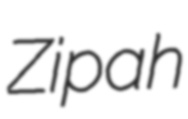
Zipah